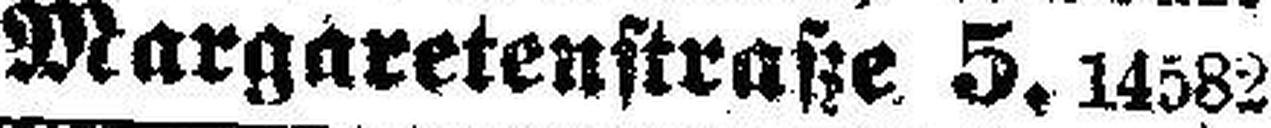
Margaretenstraße 5. 14582